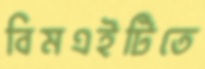
বিমএইটিতে